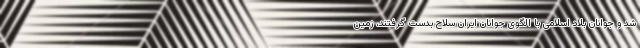
شد و جوانان بلاد اسلامی با الگوی جوانان ایران سلاح بدست گرفتند، زمین